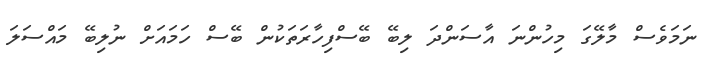
ނަމަވެސް މާލޭގަ މިހުންނަ އާސަންދަ ލިބޭ ބޭސްފިހާރަތަކުން ބޭސް ހަމައަށް ނުލިބޭ މައްސަލަ